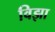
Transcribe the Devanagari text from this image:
विझा